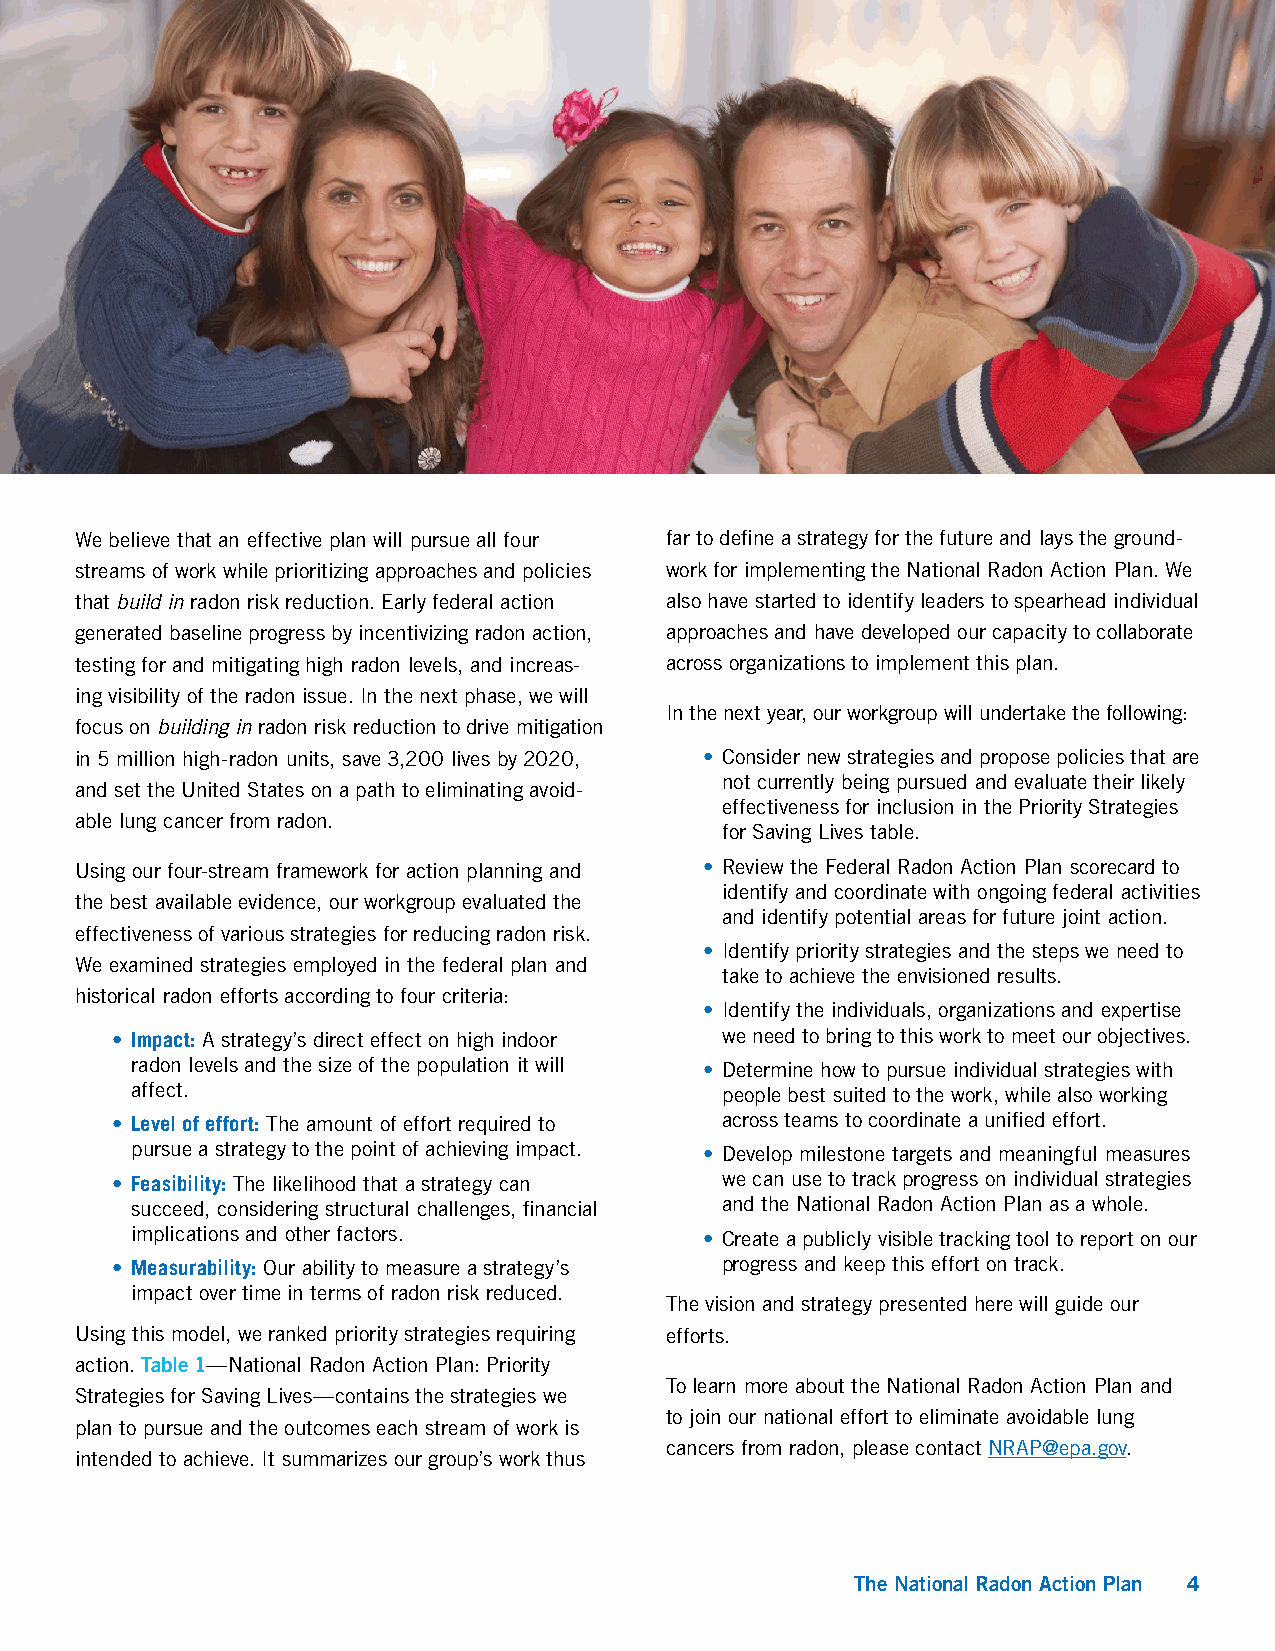
We believe that an effective plan will pursue all four far to define a strategy for the future and lays the ground-
 streams of work while prioritizing approaches and policies work for implementing the National Radon Action Plan. We
 that build in radon risk reduction. Early federal action also have started to identify leaders to spearhead individual
 generated baseline progress by incentivizing radon action, approaches and have developed our capacity to collaborate
 testing for and mitigating high radon levels, and increas- across organizations to implement this plan.
 ing visibility of the radon issue. In the next phase, we will
 In the next year, our workgroup will undertake the following:
 focus on building in radon risk reduction to drive mitigation
 in 5 million high-radon units, save 3,200 lives by 2020, • Consider new strategies and propose policies that are
 not currently being pursued and evaluate their likely
 and set the United States on a path to eliminating avoid-
 effectiveness for inclusion in the Priority Strategies
 able lung cancer from radon.
 for Saving Lives table.
 Using our four-stream framework for action planning and • Review the Federal Radon Action Plan scorecard to
 identify and coordinate with ongoing federal activities
 the best available evidence, our workgroup evaluated the
 and identify potential areas for future joint action.
 effectiveness of various strategies for reducing radon risk.
 • Identify priority strategies and the steps we need to
 We examined strategies employed in the federal plan and
 take to achieve the envisioned results.
 historical radon efforts according to four criteria:
 • Identify the individuals, organizations and expertise
 • Impact: A strategy’s direct effect on high indoor we need to bring to this work to meet our objectives.
 radon levels and the size of the population it will • Determine how to pursue individual strategies with
 affect.                                people best suited to the work, while also working
 • Level of effort: The amount of effort required to across teams to coordinate a unified effort.
 pursue a strategy to the point of achieving impact. • Develop milestone targets and meaningful measures
 • Feasibility: The likelihood that a strategy can we can use to track progress on individual strategies
 succeed, considering structural challenges, financial and the National Radon Action Plan as a whole.
 implications and other factors.       • Create a publicly visible tracking tool to report on our
 • Measurability: Our ability to measure a strategy’s progress and keep this effort on track.
 impact over time in terms of radon risk reduced.
 The vision and strategy presented here will guide our
 Using this model, we ranked priority strategies requiring efforts.
 action. Table 1—National Radon Action Plan: Priority
 To learn more about the National Radon Action Plan and
 Strategies for Saving Lives—contains the strategies we
 to join our national effort to eliminate avoidable lung
 plan to pursue and the outcomes each stream of work is
 cancers from radon, please contact NRAP@epa.gov.
 intended to achieve. It summarizes our group’s work thus
 The National Radon Action Plan 4